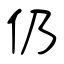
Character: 仍